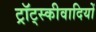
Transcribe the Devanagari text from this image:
ट्रॉट्स्कीवादियों